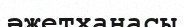
әжетханасы